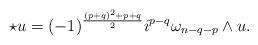
LaTeX: \begin{align*}\star u = (-1)^{\frac{(p+q)^2 + p+q}{2}}i^{p-q} \omega_{n-q-p}\wedge u. \end{align*}